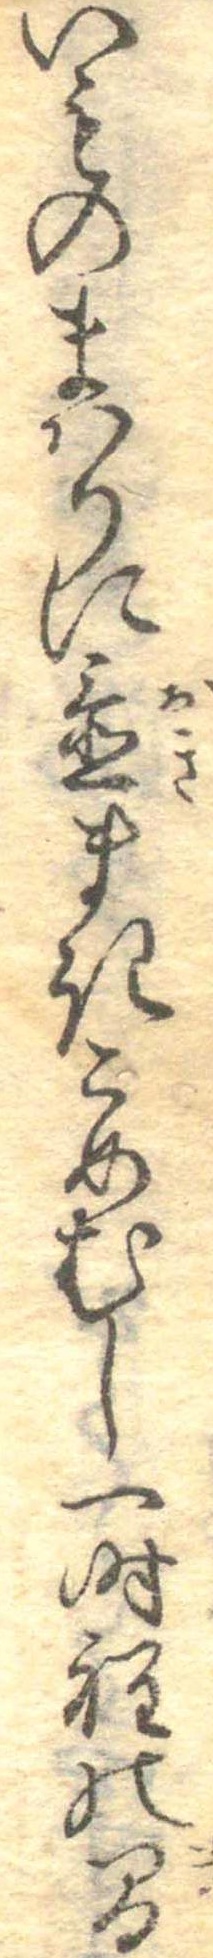
いものまはりに置まきこめむし一時程の間